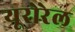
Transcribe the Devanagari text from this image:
यूरोरेल